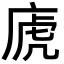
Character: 𢈶